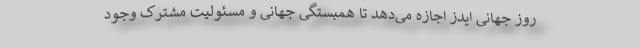
روز جهانی ایدز اجازه می‌دهد تا همبستگی جهانی و مسئولیت مشترک وجود